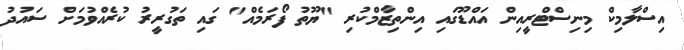
އިސްލާމިކް މިިނިސްޓްރީއިން އައްޑޫގައި އިންތިޒާމްކުރި "ޔޫތު ފޯރަމެއް" ގައި ތަގުރީރު ކުރެއްވުމަށް ސައުދު